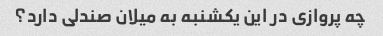
چه پروازی در این یکشنبه به میلان صندلی دارد؟